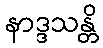
နာဒ္ဒသန္တိ